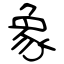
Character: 象